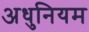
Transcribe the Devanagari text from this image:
अधुनियम